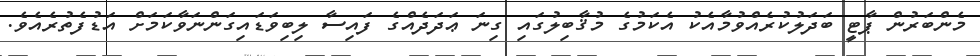
މެންބަރުން ޕާޓީ ބަދަލުކުރެއްވުމާއެކު އެކަމުގެ މުޤާބިލުގައި ގިނަ ޢަދަދެއްގެ ފައިސާ ލިބިވަޑައިގަންނަވާކަމަށް އަޑުފެތުރެއެވެ.